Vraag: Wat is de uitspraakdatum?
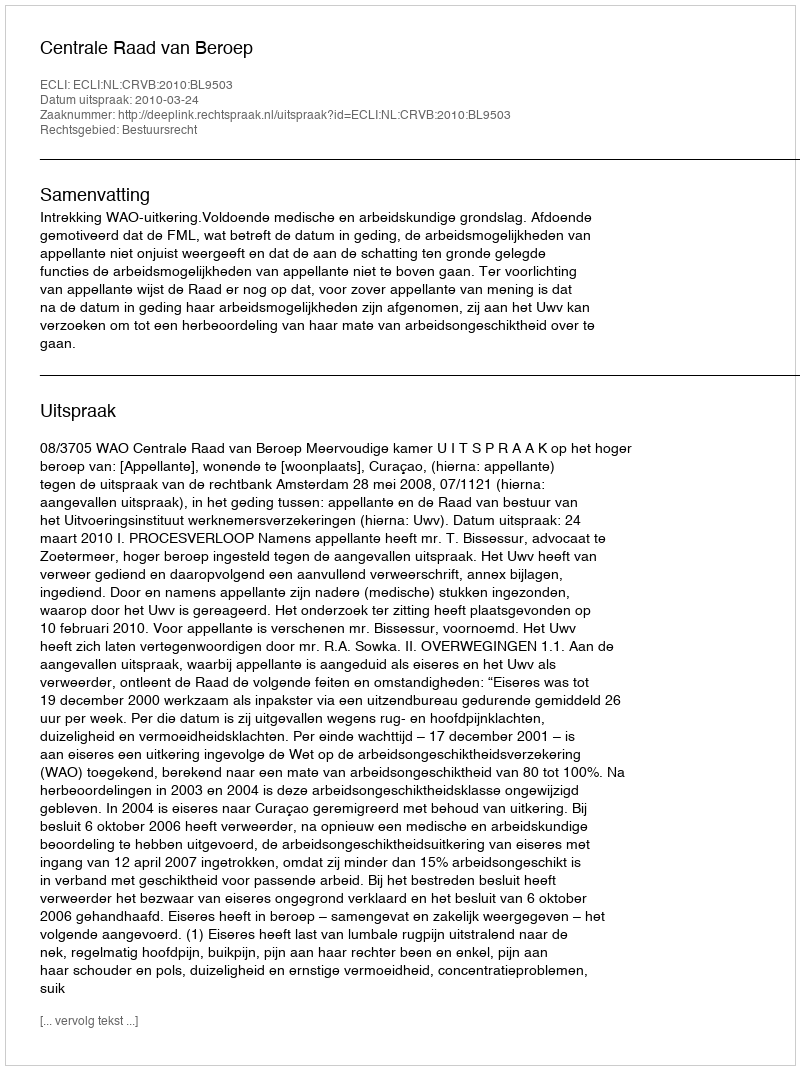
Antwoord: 2010-03-24